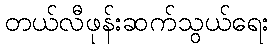
တယ်လီဖုန်းဆက်သွယ်ရေး